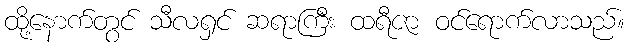
ထို့နောက်တွင် သီလရှင် ဆရာကြီး ထရီဇာ ဝင်ရောက်လာသည်။